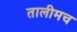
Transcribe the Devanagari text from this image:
तालीमच